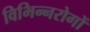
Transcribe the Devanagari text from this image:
विभिन्नरोगों